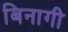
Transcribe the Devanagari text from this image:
बिनागी